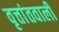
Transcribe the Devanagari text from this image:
वृत्तांतवाली